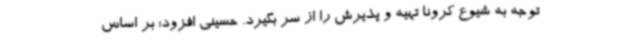
توجه به شیوع کرونا تهیه و پذیرش را از سر بگیرد. حسینی افزود: بر اساس